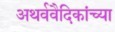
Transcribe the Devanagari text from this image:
अथर्ववैदिकांच्या